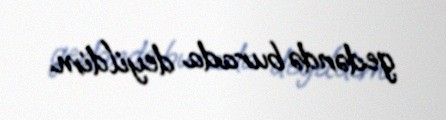
gedəndə burada deyildim.